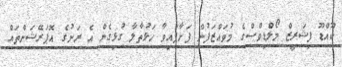
ކޫއްޑޫ ފިޝަރީޒް މޯލްޑިވްސްގެ މުވައްޒަފުން ފަށާފައިވާ ހަޅުތާލާ ގުޅިގެން އެ ރަށުގެ އޮޕަރޭޝަންތައް